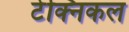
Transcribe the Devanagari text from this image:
टेक्‍निकल